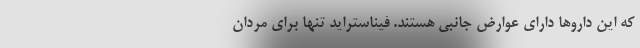
که این داروها دارای عوارض جانبی هستند. فیناستراید تنها برای مردان